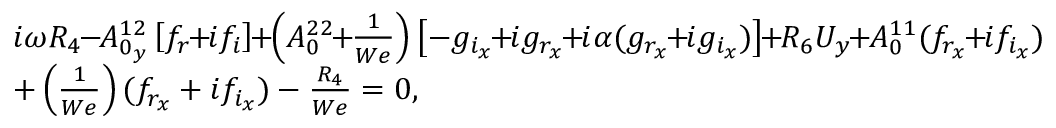
\begin{array} { r l } & { i \omega R _ { 4 } \! \! - \! \! A _ { 0 _ { y } } ^ { 1 2 } \left[ f _ { r } \! \! + \! \! i f _ { i } \right] \! \! + \! \! \left( A _ { 0 } ^ { 2 2 } \! \! + \! \! \frac { 1 } { W e } \right) \left[ - g _ { i _ { x } } \! \! + \! \! i g _ { r _ { x } } \! \! + \! \! i \alpha ( g _ { r _ { x } } \! \! + \! \! i g _ { i _ { x } } ) \right] \! \! + \! \! R _ { 6 } U _ { y } \! \! + \! \! A _ { 0 } ^ { 1 1 } ( f _ { r _ { x } } \! \! + \! \! i f _ { i _ { x } } ) } \\ & { + \left( \frac { 1 } { W e } \right) ( f _ { r _ { x } } + i f _ { i _ { x } } ) - \frac { R _ { 4 } } { W e } = 0 , } \end{array}